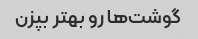
گوشت‌ها رو بهتر بپزن